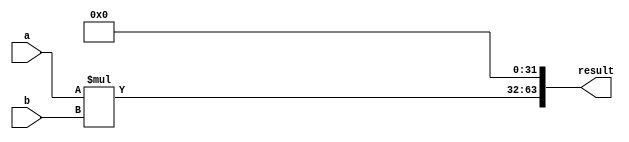
module signed_multiplier(
    input signed [31:0] a,
    input signed [31:0] b,
    output signed [63:0] result
);

reg signed [31:0] multiplier_result;
reg signed [63:0] shifted_result;

always @(*)
begin
    multiplier_result = a * b; 
    shifted_result = multiplier_result << 32; // shift left to combine the lower 32 bits
    if (multiplier_result[31] != multiplier_result[63]) // check sign bit for overflow
    begin
        // handle overflow by saturating to maximum value
        if (multiplier_result[31] == 1)
        begin
            result = '1;
        end
        else
        begin
            result = '0;
        end
    end
    else
    begin
        result = shifted_result;
    end
end

endmodule